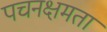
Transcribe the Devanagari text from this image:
पचनक्षमता